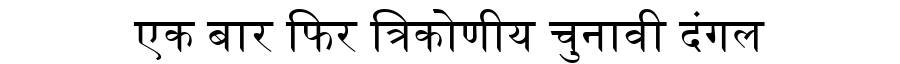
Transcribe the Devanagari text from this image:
एक बार फिर त्रिकोणीय चुनावी दंगल